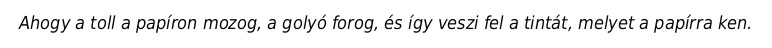
Ahogy a toll a papíron mozog, a golyó forog, és így veszi fel a tintát, melyet a papírra ken.